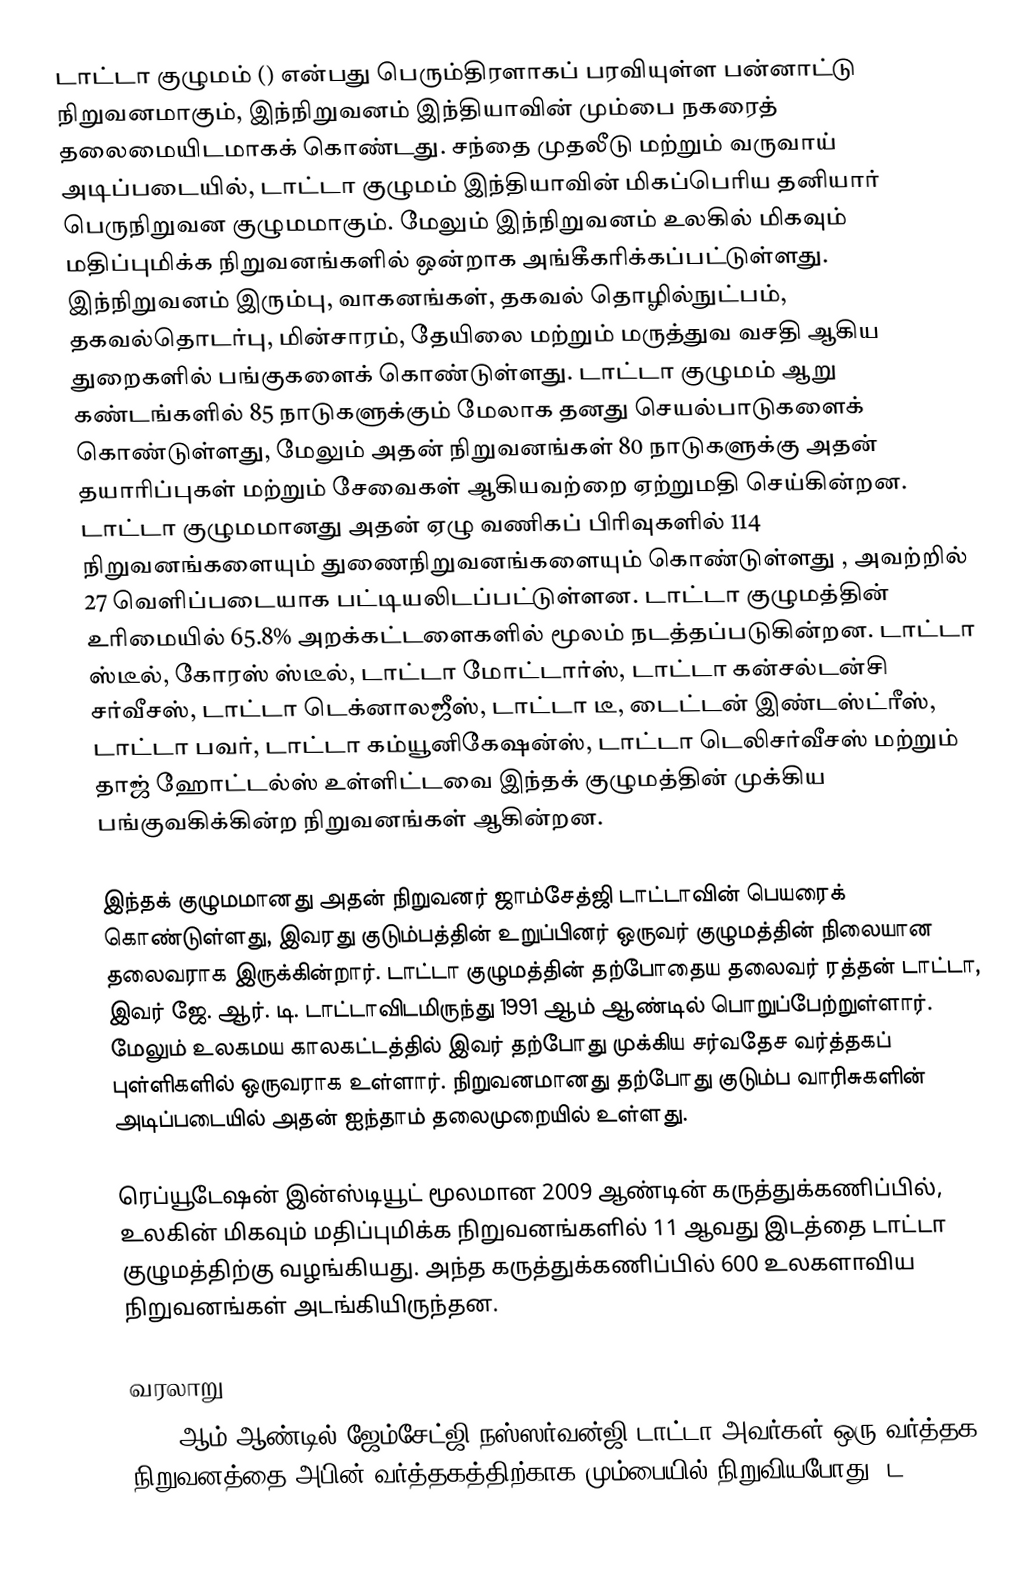
டாட்டா குழுமம் () என்பது பெரும்திரளாகப் பரவியுள்ள பன்னாட்டு நிறுவனமாகும், இந்நிறுவனம் இந்தியாவின் மும்பை நகரைத் தலைமையிடமாகக் கொண்டது. சந்தை முதலீடு மற்றும் வருவாய் அடிப்படையில், டாட்டா குழுமம் இந்தியாவின் மிகப்பெரிய தனியார் பெருநிறுவன குழுமமாகும். மேலும் இந்நிறுவனம் உலகில் மிகவும் மதிப்புமிக்க நிறுவனங்களில் ஒன்றாக அங்கீகரிக்கப்பட்டுள்ளது. இந்நிறுவனம் இரும்பு, வாகனங்கள், தகவல் தொழில்நுட்பம், தகவல்தொடர்பு, மின்சாரம், தேயிலை மற்றும் மருத்துவ வசதி ஆகிய துறைகளில் பங்குகளைக் கொண்டுள்ளது. டாட்டா குழுமம் ஆறு கண்டங்களில் 85 நாடுகளுக்கும் மேலாக தனது செயல்பாடுகளைக் கொண்டுள்ளது, மேலும் அதன் நிறுவனங்கள் 80 நாடுகளுக்கு அதன் தயாரிப்புகள் மற்றும் சேவைகள் ஆகியவற்றை ஏற்றுமதி செய்கின்றன. டாட்டா குழுமமானது அதன் ஏழு வணிகப் பிரிவுகளில் 114 நிறுவனங்களையும் துணைநிறுவனங்களையும் கொண்டுள்ளது , அவற்றில் 27 வெளிப்படையாக பட்டியலிடப்பட்டுள்ளன. டாட்டா குழுமத்தின் உரிமையில் 65.8% அறக்கட்டளைகளில் மூலம் நடத்தப்படுகின்றன. டாட்டா ஸ்டீல், கோரஸ் ஸ்டீல், டாட்டா மோட்டார்ஸ், டாட்டா கன்சல்டன்சி சர்வீசஸ், டாட்டா டெக்னாலஜீஸ், டாட்டா டீ, டைட்டன் இண்டஸ்ட்ரீஸ், டாட்டா பவர், டாட்டா கம்யூனிகேஷன்ஸ், டாட்டா டெலிசர்வீசஸ் மற்றும் தாஜ் ஹோட்டல்ஸ் உள்ளிட்டவை இந்தக் குழுமத்தின் முக்கிய பங்குவகிக்கின்ற நிறுவனங்கள் ஆகின்றன.

இந்தக் குழுமமானது அதன் நிறுவனர் ஜாம்சேத்ஜி டாட்டாவின் பெயரைக் கொண்டுள்ளது, இவரது குடும்பத்தின் உறுப்பினர் ஒருவர் குழுமத்தின் நிலையான தலைவராக இருக்கின்றார். டாட்டா குழுமத்தின் தற்போதைய தலைவர் ரத்தன் டாட்டா, இவர் ஜே. ஆர். டி. டாட்டாவிடமிருந்து 1991 ஆம் ஆண்டில் பொறுப்பேற்றுள்ளார். மேலும் உலகமய காலகட்டத்தில் இவர் தற்போது முக்கிய சர்வதேச வர்த்தகப் புள்ளிகளில் ஒருவராக உள்ளார். நிறுவனமானது தற்போது குடும்ப வாரிசுகளின் அடிப்படையில் அதன் ஐந்தாம் தலைமுறையில் உள்ளது.

ரெப்யூடேஷன் இன்ஸ்டியூட் மூலமான 2009 ஆண்டின் கருத்துக்கணிப்பில், உலகின் மிகவும் மதிப்புமிக்க நிறுவனங்களில் 11 ஆவது இடத்தை டாட்டா குழுமத்திற்கு வழங்கியது. அந்த கருத்துக்கணிப்பில் 600 உலகளாவிய நிறுவனங்கள் அடங்கியிருந்தன.

வரலாறு
1868 ஆம் ஆண்டில் ஜேம்சேட்ஜி நஸ்ஸர்வன்ஜி டாட்டா அவர்கள் ஒரு வர்த்தக நிறுவனத்தை அபின் வர்த்தகத்திற்காக மும்பையில் நிறுவியபோது, ட